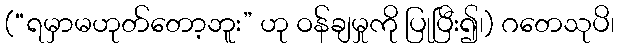
(“ရမှာမဟုတ်တော့ဘူး” ဟု ဝန်ချမှုကို ပြုပြီး၍၊) ဂတေသုပိ၊